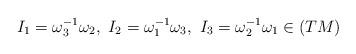
LaTeX: \begin{align*} I_1 = \omega_3^{-1} \omega_2, \ I_2 = \omega_1^{-1} \omega_3, \ I_3 = \omega_2^{-1} \omega_1 \in (TM)\end{align*}